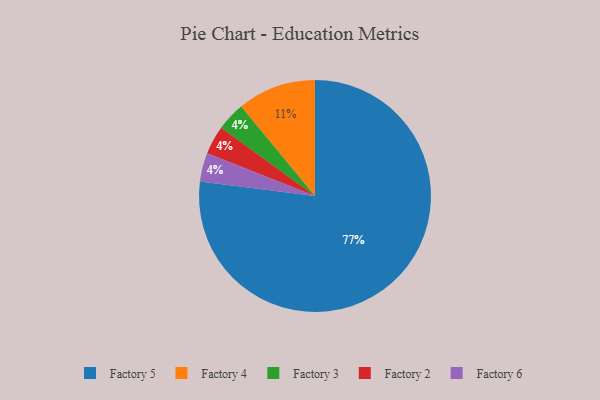
{"axis": {"x": "Category", "y": "Percentage"}, "legend": ["Factory 2", "Factory 3", "Factory 4", "Factory 5", "Factory 6"], "data": [{"x": "Factory 3", "y": 4, "type": "Factory 3"}, {"x": "Factory 5", "y": 77, "type": "Factory 5"}, {"x": "Factory 2", "y": 4, "type": "Factory 2"}, {"x": "Factory 4", "y": 11, "type": "Factory 4"}, {"x": "Factory 6", "y": 4, "type": "Factory 6"}]}